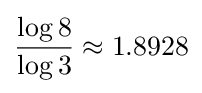
{\frac {\log 8}{\log 3}}\approx 1.8928